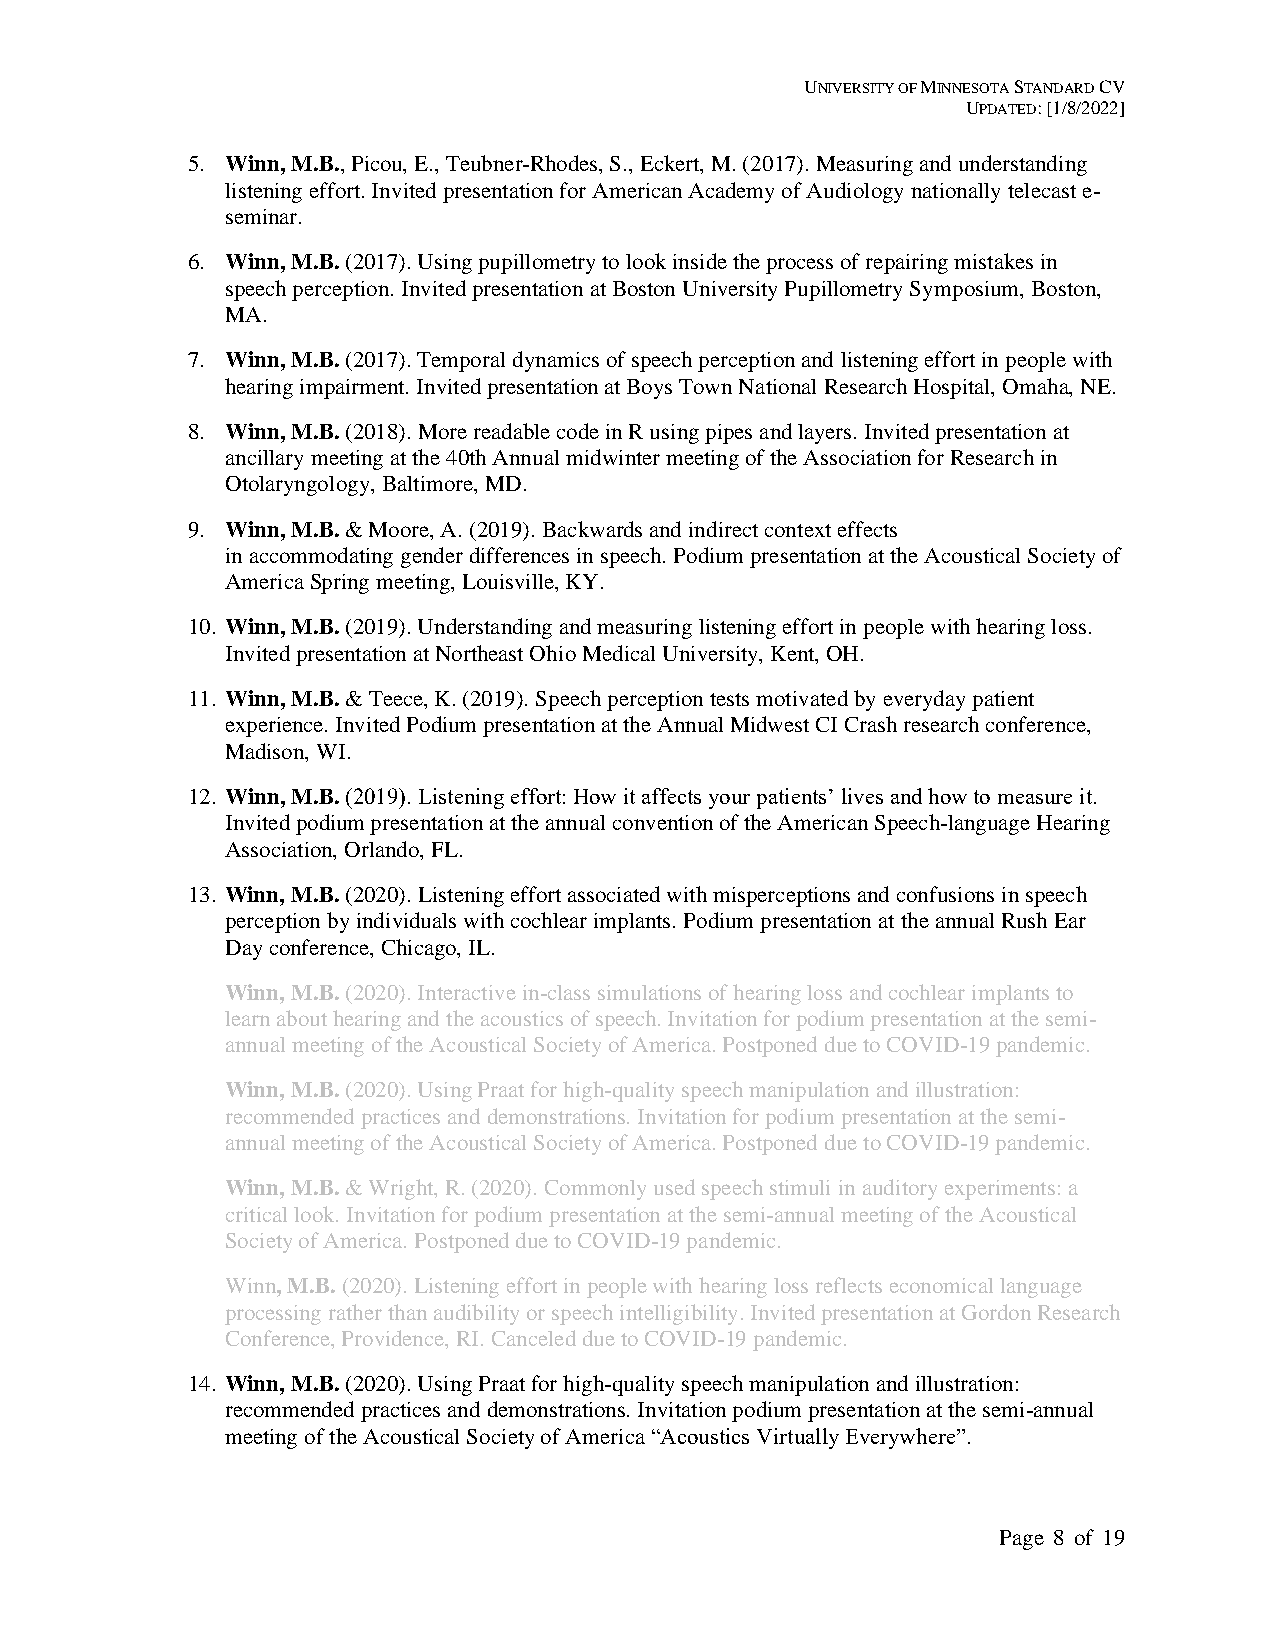
UNIVERSITY OF MINNESOTA STANDARD CV
 UPDATED: [1/8/2022]
 5. Winn, M.B., Picou, E., Teubner-Rhodes, S., Eckert, M. (2017). Measuring and understanding
 listening effort. Invited presentation for American Academy of Audiology nationally telecast e-
 seminar.
 6. Winn, M.B. (2017). Using pupillometry to look inside the process of repairing mistakes in
 speech perception. Invited presentation at Boston University Pupillometry Symposium, Boston,
 MA.
 7. Winn, M.B. (2017). Temporal dynamics of speech perception and listening effort in people with
 hearing impairment. Invited presentation at Boys Town National Research Hospital, Omaha, NE.
 8. Winn, M.B. (2018). More readable code in R using pipes and layers. Invited presentation at
 ancillary meeting at the 40th Annual midwinter meeting of the Association for Research in
 Otolaryngology, Baltimore, MD.
 9. Winn, M.B. & Moore, A. (2019). Backwards and indirect context effects
 in accommodating gender differences in speech. Podium presentation at the Acoustical Society of
 America Spring meeting, Louisville, KY.
 10. Winn, M.B. (2019). Understanding and measuring listening effort in people with hearing loss.
 Invited presentation at Northeast Ohio Medical University, Kent, OH.
 11. Winn, M.B. & Teece, K. (2019). Speech perception tests motivated by everyday patient
 experience. Invited Podium presentation at the Annual Midwest CI Crash research conference,
 Madison, WI.
 12. Winn, M.B. (2019). Listening effort: How it affects your patients’ lives and how to measure it.
 Invited podium presentation at the annual convention of the American Speech-language Hearing
 Association, Orlando, FL.
 13. Winn, M.B. (2020). Listening effort associated with misperceptions and confusions in speech
 perception by individuals with cochlear implants. Podium presentation at the annual Rush Ear
 Day conference, Chicago, IL.
 Winn, M.B. (2020). Interactive in-class simulations of hearing loss and cochlear implants to
 learn about hearing and the acoustics of speech. Invitation for podium presentation at the semi-
 annual meeting of the Acoustical Society of America. Postponed due to COVID-19 pandemic.
 Winn, M.B. (2020). Using Praat for high-quality speech manipulation and illustration:
 recommended practices and demonstrations. Invitation for podium presentation at the semi-
 annual meeting of the Acoustical Society of America. Postponed due to COVID-19 pandemic.
 Winn, M.B. & Wright, R. (2020). Commonly used speech stimuli in auditory experiments: a
 critical look. Invitation for podium presentation at the semi-annual meeting of the Acoustical
 Society of America. Postponed due to COVID-19 pandemic.
 Winn, M.B. (2020). Listening effort in people with hearing loss reflects economical language
 processing rather than audibility or speech intelligibility. Invited presentation at Gordon Research
 Conference, Providence, RI. Canceled due to COVID-19 pandemic.
 14. Winn, M.B. (2020). Using Praat for high-quality speech manipulation and illustration:
 recommended practices and demonstrations. Invitation podium presentation at the semi-annual
 meeting of the Acoustical Society of America “Acoustics Virtually Everywhere”.
 Page 8 of 19